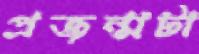
প্রজন্মটা